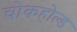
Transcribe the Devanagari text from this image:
चोकहोल्ड